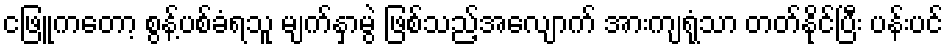
ငဖြူကတော့ စွန့်ပစ်ခံရသူ မျက်နှာမွဲ ဖြစ်သည့်အလျောက် အားကျရုံသာ တတ်နိုင်ပြီး ပန်းပင်